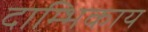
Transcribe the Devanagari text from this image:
दाम्भिकाय